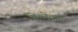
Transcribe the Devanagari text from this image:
बेरलेवाग